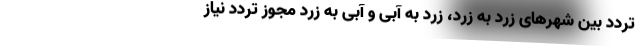
تردد بین شهرهای زرد به زرد، زرد به آبی و آبی به زرد مجوز تردد نیاز